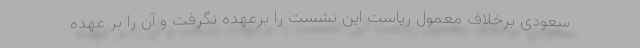
سعودی برخلاف معمول ریاست این نشست را برعهده نگرفت و آن را بر عهده